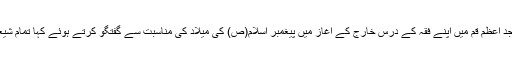
خبررساں ایجنسی شبستان کی رپورٹ کے مطابق آیت اللہ جعفر سبحانی نے 28 دسمبر 2015 کو مسجد اعظم قم میں اپنے فقہ کے درس خارج کے آغاز میں پیغمبر اسلام(ص) کی میلاد کی مناسبت سے گفتگو کرتے ہوئے کہا تمام شیعہ اور اہل سنت مسلمان پیغمبر اسلام(ص) کی میلاد کے موقع پر جشن کی تقریبات کا انعقاد کرتے ہیں۔